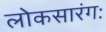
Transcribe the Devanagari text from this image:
लोकसारंगः